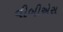
વીબીએસ